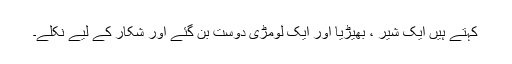
کہتے ہیں ایک شیر ، بھیڑیا اور ایک لومڑی دوست بن گئے اور شکار کے لیے نکلے۔